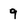
Character: 9